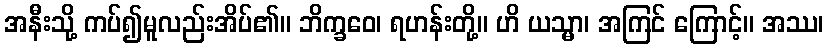
အနီးသို့ ကပ်၍မူလည်းအိပ်၏။ ဘိက္ခဝေ၊ ရဟန်းတို့။ ဟိ ယသ္မာ၊ အကြင် ကြောင့်။ အဿ၊